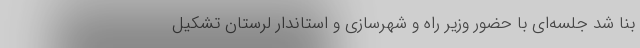
بنا شد جلسه‌ای با حضور وزیر راه و شهرسازی و استاندار لرستان تشکیل